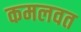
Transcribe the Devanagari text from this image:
कमलवत